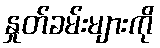
နှုတ်ခမ်းများကို